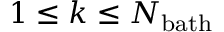
1 \le k \le N _ { \mathrm { b a t h } }